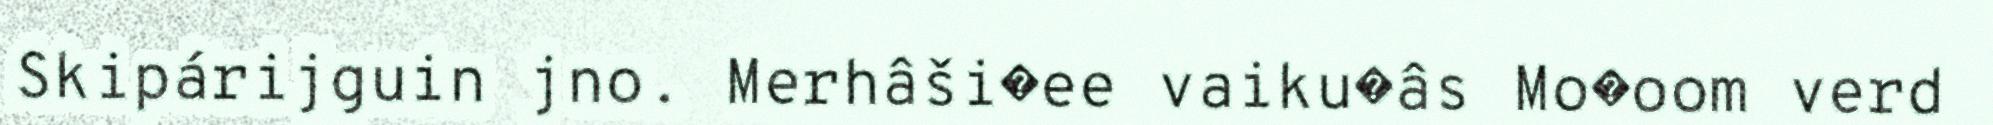
Skipárijguin jno. Merhâši�ee vaiku�âs Mo�oom verd